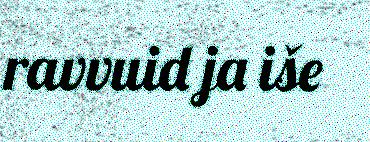
ravvuid ja iše